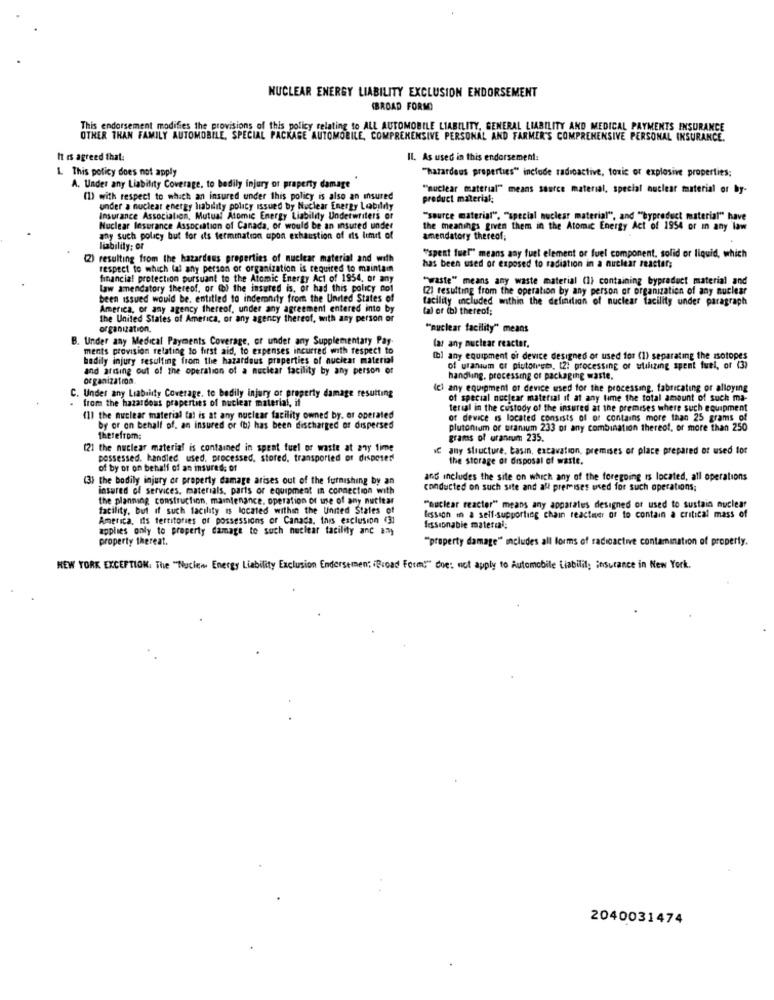
NUCLEAR ENERGY LIABILITY EXCLUSION ENDORSEMENT
(BROAD FORM)
This endorsement modifies the provisions of this policy relating to ALL AUTOMOBILE LIABILITY, GENERAL LIABILITY AND MEDICAL PAYMENTS INSURANCE
OTHER THAN FAMILY AUTOMOBILE, SPECIAL PACKAGE AUTOMOBILE, COMPREHENSIVE PERSONAL AND FARMER'S COMPREHENSIVE PERSONAL INSURANCE.
It is agreed that:
Il. As used in this endorsement:
1. This policy does not apply
"hazardous properties" include radioactive, toxic or explosive properties;
A. Under any Liability Coverage, to bodily injury or property damage
"nuclear material" means source material, special nuclear maaterial or by-
(1) with respect to which an insured under this policy is also an insured
product material:
under a nuclear energy liability policy issued by Nuclear Energy Le
Insurance Association, Mutual Atomic Energy Liability Underwriters or
"source material", "special nuclear material", and ""byproduct material" have
Nuclear lesurance Association of Canada, or would be an insured under
the meanings given them in the Atomic Energy Act of 1954 or In any law
any such polacy but for its termination apon exhaustion of its limit of
amendatory thereof;
liability; or
(2) resulting from the hazardous properties of nuclear material and with
"spent fuel" means any fuel element or fuel component, solid or liquid, which
respect to which lal any person of organization is required to maintain
has been used or exposed to radiation in a nuclear reactor;
financial protection pursuant to the Atomic Energy Act of 1954, or any
"waste" means any waste material (1) containing byproduct material and
law amendatory thereof, or (b) the insured is, or had this policy nol
(2) resulting from the operation by any person or organization of any nuclear
been issued would be, entitled to indemnity from the United States of
facility included within the definition of nuclear facility under paragraph
America, or any agency thereof, under any agreement entered into by
(a) or (b) thereof;
the United States of America, or any agency thereof, with any person or
organization.
""nuclear facility" means
B. Under any Medical Payments Coverage, or under any Supplementary Pay.
lar any nuclear reactor,
ments provision relating to first aid, to expenses incurred with respect to
bodily injury resulting from the hazardous properties of nuclear material
(bl any equipment of device designed of used for (1) separating the isotopes
and arising out of the operation of a nuclear facility by any person of
of uranium or piutonuts. [2: processing of utilizing spent fuel, of (3)
organization.
handling, processing of packaging waste.
1 any equipment of device used for the processing, fabricating or alloying
C. Under any Liability Coverage, to bodily injury or property damage resulting
from the hazardous properties of nuclear material, if
of special nuclear material if at any time the total amount of such ma-
terial in the custody of the insured at the premises where such equipment
(1) the nuclear material tal is at any nuclear facility owned by. or operated
of device is located consists of of contains more than 25 grams of
by or on behalf of. an insured or (h) has been discharged of dispersed
plutonium or uranium 233 of any combination thereof, or more than 250
Therefrom:
grams of uranrum 235.
(2) the nuclear material is contained in spent fuel or waste at any time
IC any structure, basın, excavation, premises of place prepared of used for
possessed. handled, used, processed, stored, transported of disposer
the storage of disposal of waste.
of by or on behalf of an insured; of
(3) the bodily injury or property damage arises out of the furnishing by an
and includes the site on which any of the foregoing is located, all operations
insured of services. materials, parts or equipment in connection with
conducted on such site and all premises used for such operations;
the planning construction, maintenance. operation of use of any nuclear
facility, but if such facility is located within the United States of
"nuclear reactor" means any apparates designed of used to sustain nuclear
America, its territories of possessions or Canada, tars exclusion (3)
lessich in a self-supporting chain reactauer of to contain a critical mass of
applies only to property damage to such nuclear facility and any
fissionabie material;
property thereat.
"property damage" includes all forms of radioactive contamination of property.
NEW YORK EXCEPTION, The "Nuclei Energy Liability Exclusion Endersemen; (Broad Form:" Che: not apply to Automobile Liability insurance in New York.
2040031474